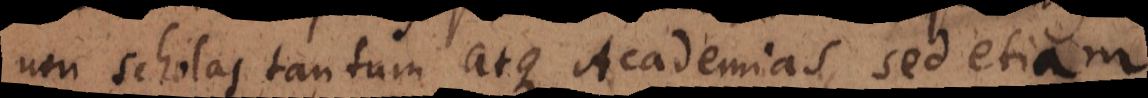
non scholas tantum atque Academias, sed etiam